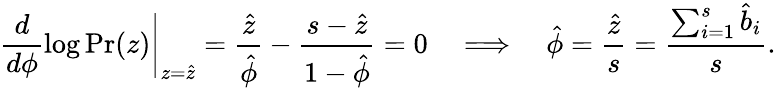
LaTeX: \left.\frac{d}{d\phi}\log\mathrm{Pr}(z)\right|_{z=\hat{z}}=\frac{\hat{z}}{\hat{\phi}}-\frac{s-\hat{z}}{1-\hat{\phi}}=0\quad\Longrightarrow\quad\hat{\phi}=\frac{\hat{z}}{s}=\frac{\sum_{i=1}^{s}\hat{b}_{i}}{s}.